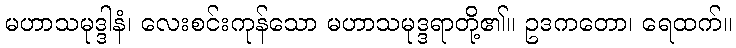
မဟာသမုဒ္ဒါနံ၊ လေးစင်းကုန်သော မဟာသမုဒ္ဒရာတို့၏။ ဥဒကတော၊ ရေထက်။